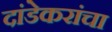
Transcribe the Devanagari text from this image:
दांडेकरांचा